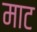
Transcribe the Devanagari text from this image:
माट